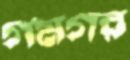
গমগর